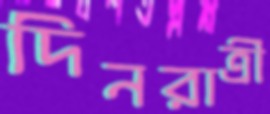
দিনরাত্রী